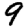
Digit: 9